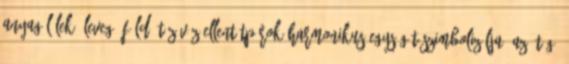
anyag-lélek, levegő-föld, tűz-víz ellentétpárok harmonikus egységét szimbolizálja. Az ötágú